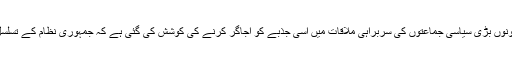
گزشتہ روز ملک کی دونوں بڑی سیاسی جماعتوں کی سربراہی ملاقات میں اسی جذبے کو اجاگر کرنے کی کوشش کی گئی ہے کہ جمہوری نظام کے تسلسل کے لیے وہ متحد ہیں۔